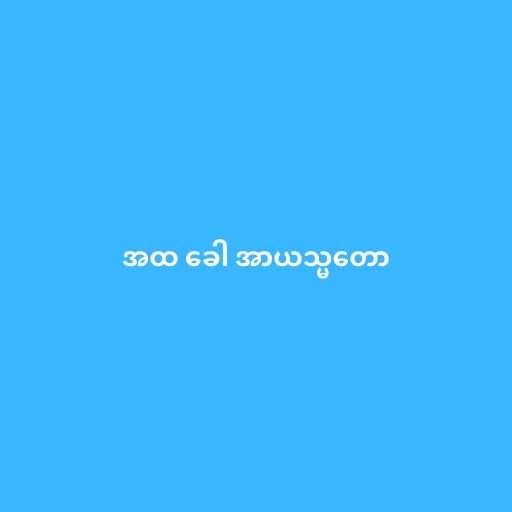
အထ ခေါ အာယသ္မတော